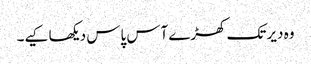
وہ دیر تک کھڑے آس پاس دیکھا کیے۔